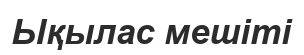
Ықылас мешіті